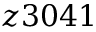
z 3 0 4 1